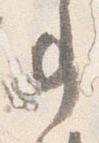
事